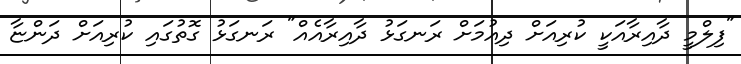
"ފިލްމީ ދާއިރާއަކީ ކުރިއަށް ދިއުމަށް ރަނގަޅު ދާއިރާއެއް" ރަނގަޅު ގޮތުގައި ކުރިއަށް ދަންޏާ